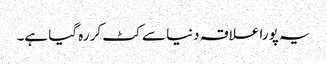
یہ پورا علاقہ دنیا سے کٹ کر رہ گیا ہے۔